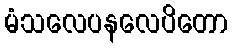
မံသလေပနလေပိတော